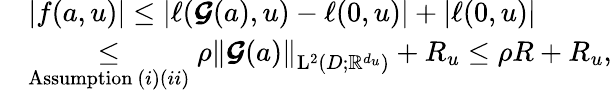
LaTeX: \begin{array}{rl}&{|f(a,u)|\leq|\ell(\boldsymbol{\mathcal{G}}(a),u)-\ell(0,u)|+|\ell(0,u)|}\\ &{\underset{\mathrm{Assumption~}(i)(ii)}\leq\rho\left\| \boldsymbol{\mathcal{G}}(a)\right\| _{\mathrm{L}^{2}(D;\mathbb{R}^{d_{u}})}+R_{u}\leq\rho R+R_{u},}\end{array}